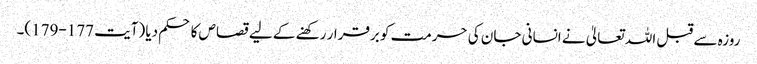
روزہ سے قبل اللہ تعالیٰ نے انسانی جان کی حرمت کو برقرار رکھنے کے لیے قصاص کا حکم دیا (آیت 177-179)۔